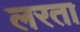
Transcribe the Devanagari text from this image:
लरता